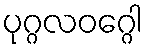
ပုဂ္ဂလဝဂ္ဂေါ